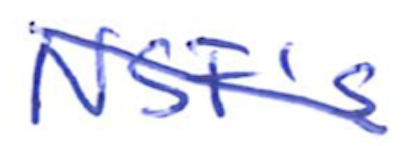
Text: NSF's
Cross-out: diagonal
Writing tool: ballpoint